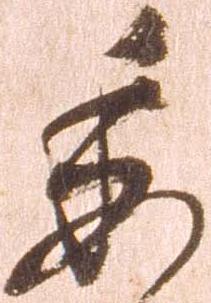
委